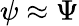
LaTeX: \psi\approx\Psi